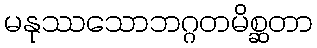
မနုဿသောဘဂ္ဂတမိစ္ဆတာ